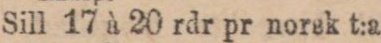
Sill 17 à 20 rdr pr norsk t:a.